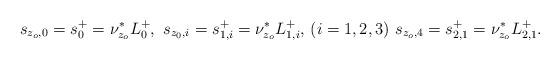
LaTeX: \begin{align*} s_{z_o, 0} = s^+_0 = \nu_{z_o}^*L_0^+, \,\, s_{z_0, i} = s^+_{1,i} = \nu_{z_o}^*L^+_{1,i},\, (i =1, 2, 3) \,\, s_{z_o,4} = s^+_{2,1} = \nu_{z_o}^*L_{2,1}^+. \end{align*}